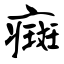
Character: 癍